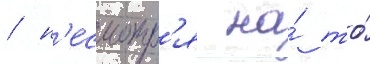
/ н'есмотр'я на́ то́